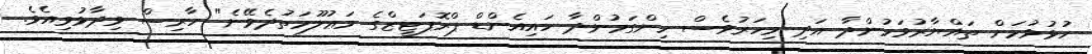
ހުޅުވުމަށް ތައްޔާރުވަމުންދާ އަދި މިހަރުވެސް ހިންގަމުންދާ ހައިއެންޑް ޕްރޮޕަޓީޒްގެ މަޢުލޫމަތުދެވޭނެ" ހާރިސް ވިދާޅުވިއެވެ.